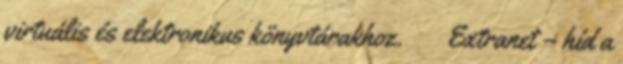
virtuális és elektronikus könyvtárakhoz.  Extranet – híd a